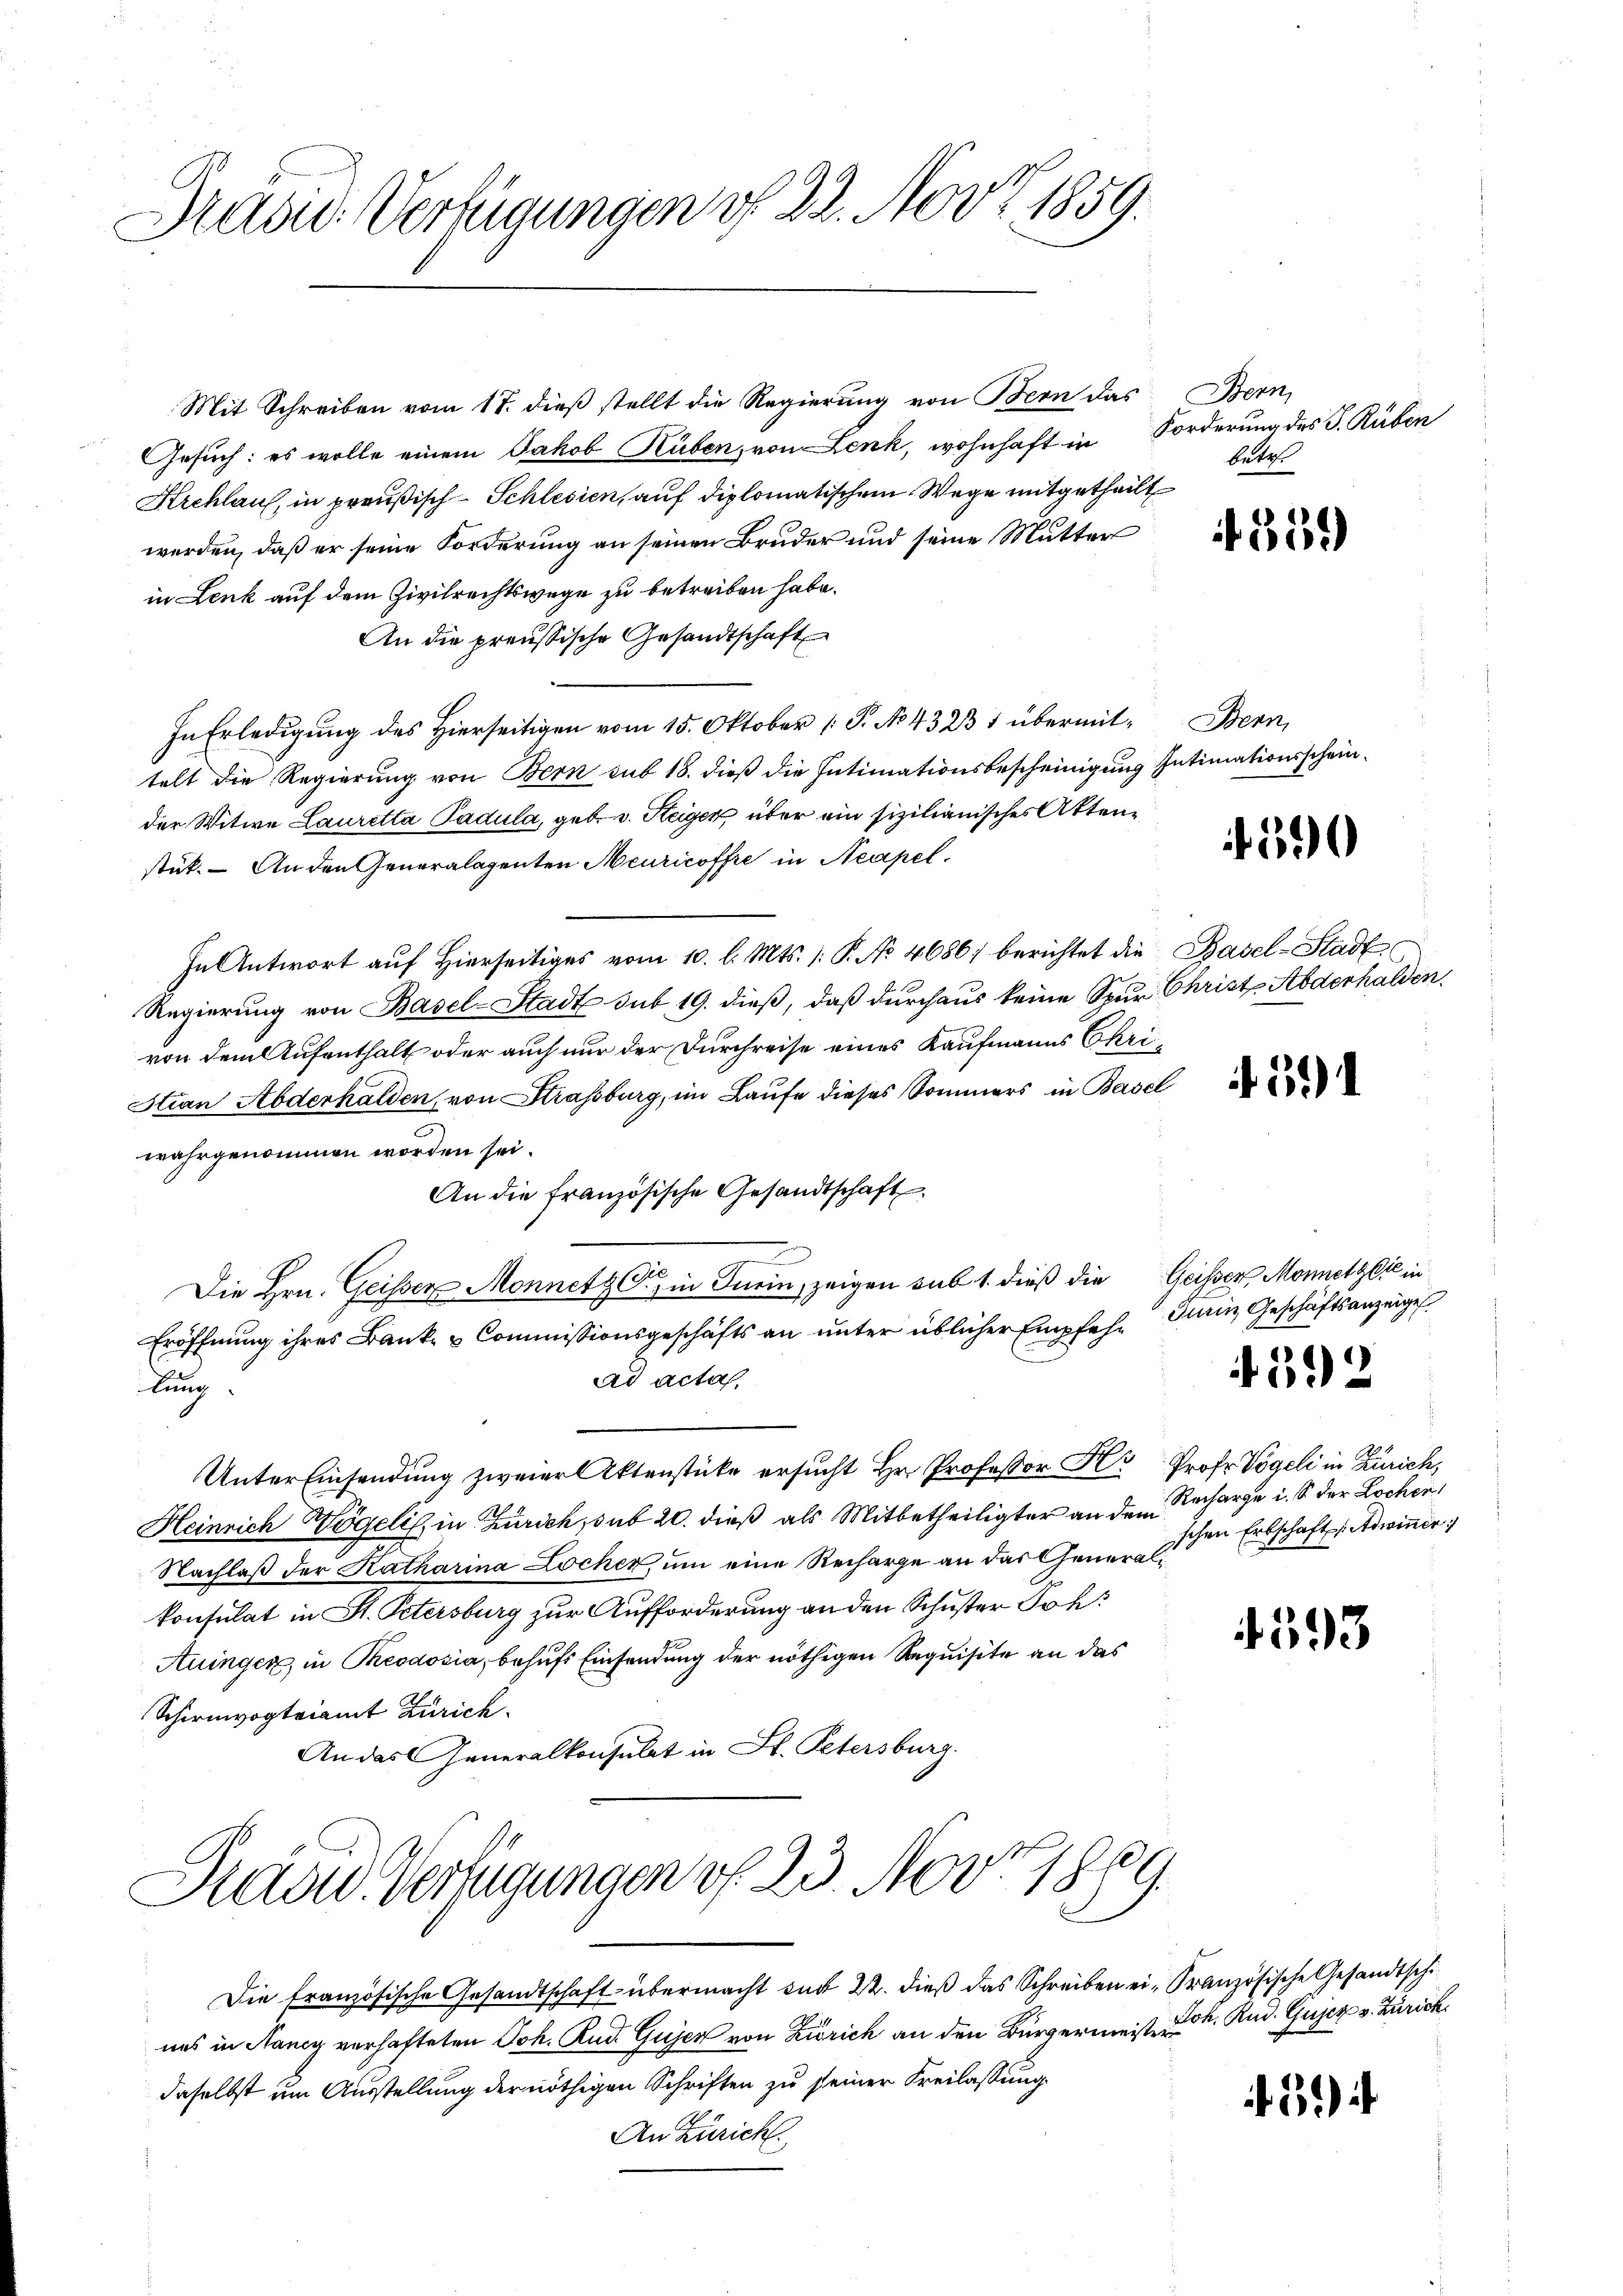
Praad: Verfügungen v. 22. Nov. 1859.

Mit Schreiben vom 17. dieß stellt die Regierung von Bern das
Gesuch: es wolle einem Jakob Rüben, von Lenk, wohnhaft in Forderung des J. Rüben
Krchlauf, in preußisch-Schlesien, auf diplomatischem Wege mitgetheilt
werden, daß er seine Forderung an seinen Bruder und seine Mutter
in Lenk auf dem Zivilrechtswege zu betreiben habe.
An die preussische Gesandtschaft
In Erledigung des Hierseitigen vom 15. Oktober [P. No. 4323 1 übermit-Bern,
telt die Regierung von Bern sub 18. dieß die Intimationsbescheinigung Intimationsscheinder Witwe Lauretta Padula, geb. v. Steiger über ein sizilianisches Attenstut. An den Generalagenten Meuricoffre in Neapel
In Antwort auf Hierseitiges vom 10. l. Mts. /: P. No 4686; berichtet die Basel-Stadt¬
Regierung von Basel-Stadt sub 19. dieß, daß durchaus keine Spur Christe Abderhalden
von dem Aufenthalt oder auch nur der Durchreise eines Kaufmanns Chri¬
Stian Abderhalden, von Strassburg, im Laufe dieses Sommers in Basel
wahrgenommen worden sei.
An die französische Gesandtschaft
Die Hrn. Geisser Monnetz er in Inein, zeigen sub 1. dieß die Geissers Monnetzlić in
Eröffnung ihres Bank- & Commissionsgeschäfts an unter üblicher Empfehad acta
lung
Unter Einsendung zweier Aktenstücke ersucht Hr. Professor H. Prof. Vogeli in Zürich,
Heinrich Wögelis, in Zürich, sub 20. dieß als Mitbetheiligter an dem Recharge u. S. der Lochen,
Nachlaß der Katharina Locher, um eine Recharge an das Generalkonsulat in St. Petersburg zur Aufforderung an den Schuster Joh:
Auinger, in Theodosia, behufs Einsendung der nöthigen Requisite an das
Schirmvogteiamt Zürich.
An das Generalkonsulat in St. Petersburg.

.
Präsid. Verfügungen v. 23. Nov. 186

Stern,
bete

Die Französische Gesandtschaft übermacht und 22. dieß das Schreiben ein Französische Gesandtschi
uns in Nancy verhafteten Joh. Rud. Gujer von Zürich an den Bürgermeister k. Rud. Gujer v. Zürich
daselbst um Ausstellung der nöthigen Schriften zu seiner Freilassung
An Zürich.

f 315.

1

duren Geschäftsanzeige.

592

ischen Erbschaft: Adwinner

4593

3